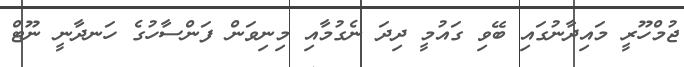
ޖުމްހޫރީ މައިދާނުގައި ބޭވި ގައުމީ ދިދަ ނެގުމާއި މިނިވަން ފަންސާހުގެ ހަނދާނީ ނޫޓް